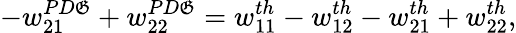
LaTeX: -w_{21}^{PD\mathfrak{G}}+w_{22}^{PD\mathfrak{G}}=w_{11}^{th}-w_{12}^{th}-w_{21}^{th}+w_{22}^{th},